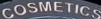
COSMETICS